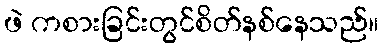
ဖဲ ကစားခြင်းတွင်စိတ်နစ်နေသည်။